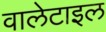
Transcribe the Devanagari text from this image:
वालेटाइल